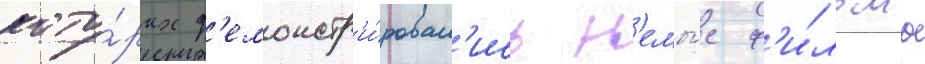
кото́рых д'емонстр'и́ровал'ись н'емы́е ф'и́льмы